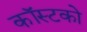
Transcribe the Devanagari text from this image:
कॉस्टको